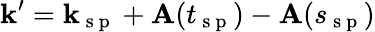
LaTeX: \textbf{k}^{\prime}=\textbf{k}_{\mathrm{~s~p~}}+\textbf{A}(t_{\mathrm{~s~p~}})-\textbf{A}(s_{\mathrm{~s~p~}})